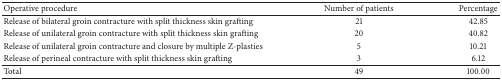
<table><thead><tr><td><b>Operative procedure</b></td><td><b> Number of patients </b></td><td><b> Percentage </b></td></tr></thead><tbody><tr><td>Release of bilateral groin contracture with split thickness skin grafting</td><td> 21</td><td> 42.85</td></tr><tr><td>Release of unilateral groin contracture with split thickness skin grafting</td><td> 20</td><td> 40.82</td></tr><tr><td>Release of unilateral groin contracture and closure by multiple Z-plasties</td><td> 5</td><td> 10.21</td></tr><tr><td>Release of perineal contracture with split thickness skin grafting</td><td> 3</td><td> 6.12</td></tr><tr><td> Total </td><td> 49</td><td> 100.00</td></tr></tbody></table>